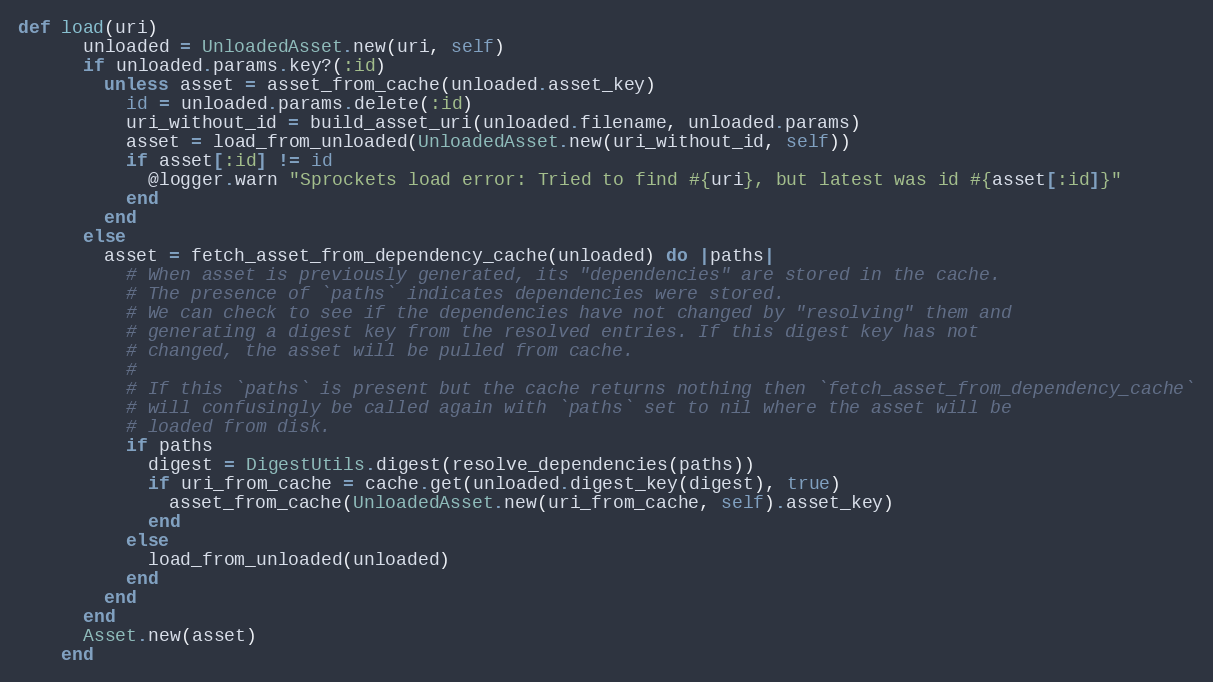
Language: Ruby
def load(uri)
      unloaded = UnloadedAsset.new(uri, self)
      if unloaded.params.key?(:id)
        unless asset = asset_from_cache(unloaded.asset_key)
          id = unloaded.params.delete(:id)
          uri_without_id = build_asset_uri(unloaded.filename, unloaded.params)
          asset = load_from_unloaded(UnloadedAsset.new(uri_without_id, self))
          if asset[:id] != id
            @logger.warn "Sprockets load error: Tried to find #{uri}, but latest was id #{asset[:id]}"
          end
        end
      else
        asset = fetch_asset_from_dependency_cache(unloaded) do |paths|
          # When asset is previously generated, its "dependencies" are stored in the cache.
          # The presence of `paths` indicates dependencies were stored.
          # We can check to see if the dependencies have not changed by "resolving" them and
          # generating a digest key from the resolved entries. If this digest key has not
          # changed, the asset will be pulled from cache.
          #
          # If this `paths` is present but the cache returns nothing then `fetch_asset_from_dependency_cache`
          # will confusingly be called again with `paths` set to nil where the asset will be
          # loaded from disk.
          if paths
            digest = DigestUtils.digest(resolve_dependencies(paths))
            if uri_from_cache = cache.get(unloaded.digest_key(digest), true)
              asset_from_cache(UnloadedAsset.new(uri_from_cache, self).asset_key)
            end
          else
            load_from_unloaded(unloaded)
          end
        end
      end
      Asset.new(asset)
    end